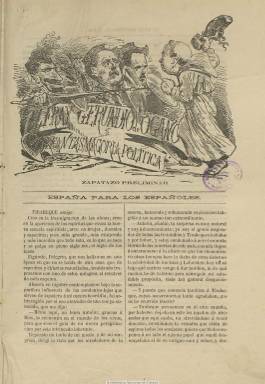
Título: El Fray Gerundio de ogaño
Otros títulos: Fray Gerundio de hogaño
Colección: Revistas satíricas y humorísticas
Ámbito geográfico: Madrid
Lugar de publicación: Madrid
Fechas: 08/08/1872-31/12/1872

Publicación satírica que comienza a publicarse el ocho de agosto de 1872, en entregas de ocho páginas y paginación continuada. Salía cuatro veces al mes, con el subtítulo “fantasmagoría política” y el lema “España para los españoles”, su cabecera está integrada en un grabado, que modifica a partir de su quinta entrega. Su carácter es claramente político, y utilizando una visión desengañada, su tendencia es claramente antiamadeista, alfonsina y católica. Recupera el género del diálogo y al personaje Pelegrín Tirabeque de la publicación que fundara en 1837 Modesto Lafuente (1806-1866), e incorpora el de Antolín Gazapo. Sus entregas las denomina “zapatazo”, y entre sus secciones habituales aparece, precisamente, “Zapatazos”. Además de utilizar también el género epistolar e insertar breves comentarios sobre la actualidad política y contra los dirigentes políticos que sustentan a Amadeo I, también incluye otros contra periódicos favorables de la nueva monarquía, a modo de revista crítica de prensa. Algunos de sus textos están escritos en verso. La única firma que aparece –de manera repetitiva- la forman las iniciales L. del C. El 19 es el último número de la colección, correspondiente al 31 de diciembre de 1872.